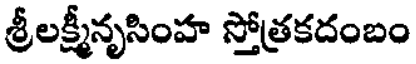
శ్రీలక్ష్మీనృసింహ స్తోత్రకదంబం